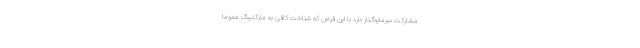
مشارکت سرمایه‌گذار دارد با این فرض که شناخت کافی به مارکتینگ عموماً